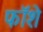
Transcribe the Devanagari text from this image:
फॉशे